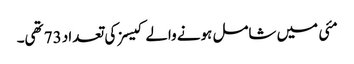
مئی میں شامل ہونے والے کیسز کی تعداد 73 تھی۔